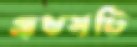
প্রথমটি